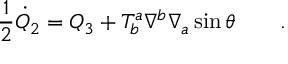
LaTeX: \frac { 1 } { 2 } { \dot { Q } } _ { 2 } = Q _ { 3 } + T _ { b } ^ { a } \nabla ^ { b } \nabla _ { a } \sin \theta \qquad .